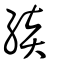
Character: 緂